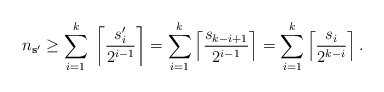
\begin{align*}n_{\mathbf{s}'} \geq \sum_{i=1}^{k} \;\left\lceil \frac{s'_i}{2^{i-1}} \right\rceil = \sum_{i=1}^{k} \left\lceil \frac{s_{k-i+1}}{2^{i-1}} \right\rceil = \sum_{i=1}^{k} \left\lceil \frac{s_{i}}{2^{k-i}} \right\rceil.\end{align*}